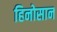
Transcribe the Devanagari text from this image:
हिनोसान